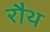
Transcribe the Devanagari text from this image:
रौथ